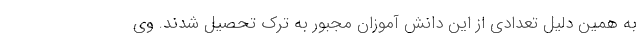
به همین دلیل تعدادی از این دانش آموزان مجبور به ترک تحصیل شدند. وی